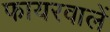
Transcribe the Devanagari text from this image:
फायरवालें